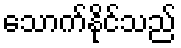
သောက်နိုင်သည်